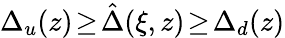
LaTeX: \Delta_{u}(z)\! \ge\! \hat{\Delta}(\xi,z)\! \ge\! \Delta_{d}(z)